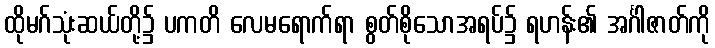
ထိုမဂ်သုံးဆယ်တို့၌ ပကတိ လေမရောက်ရာ စွတ်စိုသောအရပ်၌ ရဟန်း၏ အင်္ဂါဇာတ်ကို